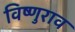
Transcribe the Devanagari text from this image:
विष्णुराव